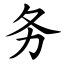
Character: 务